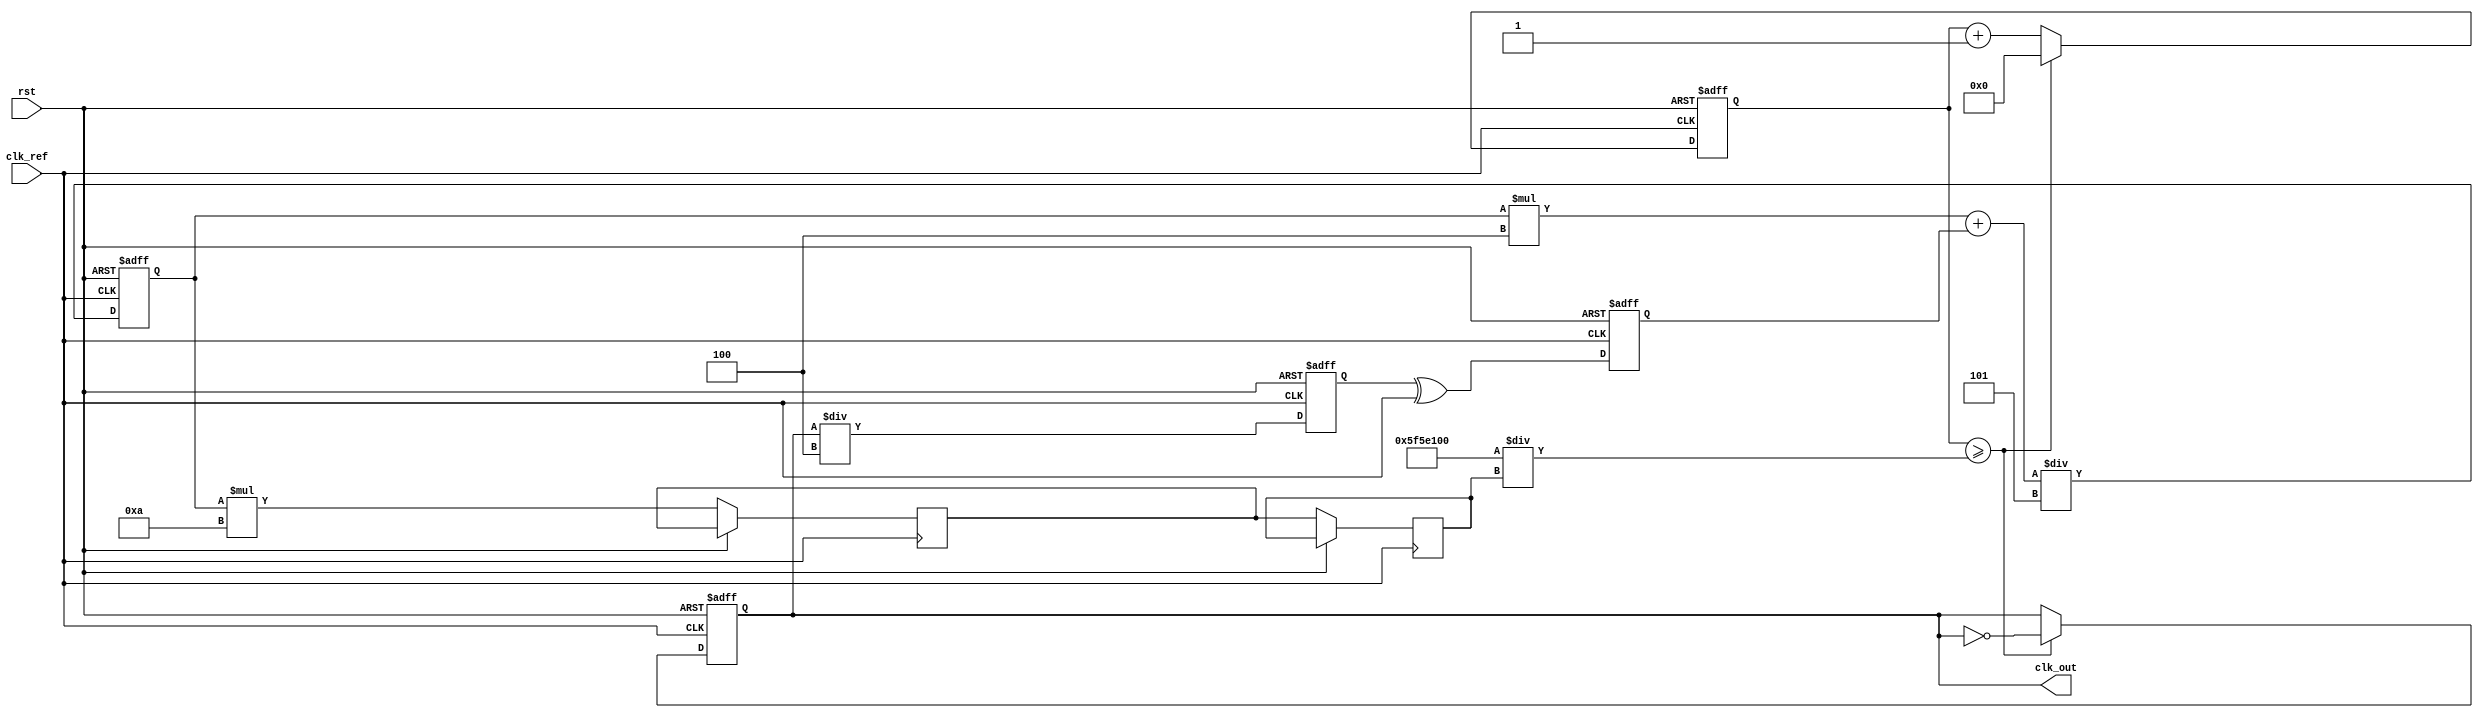
module parameterized_PLL #(
    parameter INPUT_FREQ_MIN = 1_000,     // Minimum input frequency in Hz
    parameter INPUT_FREQ_MAX = 100_000,    // Maximum input frequency in Hz
    parameter OUTPUT_FREQ_MIN = 10_000,    // Minimum output frequency in Hz
    parameter OUTPUT_FREQ_MAX = 1_000_000,  // Maximum output frequency in Hz
    parameter FEEDBACK_DIV_RATIO = 4,       // Feedback division ratio
    parameter REFERENCE_DIV_RATIO = 1,      // Reference division ratio
    parameter VCO_GAIN = 10,                 // VCO gain (frequency deviation per unit of control voltage)
    parameter LPF_TIME_CONSTANT = 5          // Low-Pass Filter time constant
) (
    input wire clk_ref,                      // Reference clock input
    input wire rst,                          // Reset signal
    output reg clk_out                       // Output clock signal
);

    // Internal signals
    reg [31:0] phase_error;                 // Phase error from PD
    reg [31:0] control_voltage;              // Control voltage for VCO
    reg [31:0] vco_output;                   // VCO output frequency
    reg [31:0] feedback_signal;              // Feedback signal from VCO
    reg [31:0] lpf_output;                   // Output of the low-pass filter
    reg [31:0] vco_counter;                  // VCO frequency counter

    // Phase Detector (PD) - Simple XOR based
    always @(posedge clk_ref or posedge rst) begin
        if (rst) begin
            phase_error <= 0;
        end else begin
            // Example phase comparison (simplified)
            phase_error <= feedback_signal ^ clk_ref;
        end
    end

    // Low-Pass Filter (LPF)
    always @(posedge clk_ref or posedge rst) begin
        if (rst) begin
            lpf_output <= 0;
        end else begin
            // Simple first-order LPF implementation
            lpf_output <= (lpf_output * (LPF_TIME_CONSTANT - 1) + phase_error) / LPF_TIME_CONSTANT;
        end
    end

    // Voltage-Controlled Oscillator (VCO)
    always @(posedge clk_ref or posedge rst) begin
        if (rst) begin
            vco_counter <= 0;
            clk_out <= 0;
        end else begin
            // VCO frequency control
            control_voltage <= lpf_output * VCO_GAIN;
            vco_output <= control_voltage; // Simplified for illustration
            vco_counter <= vco_counter + 1;

            // Generate output clock based on VCO output
            if (vco_counter >= (100_000_000 / vco_output)) begin // Assuming 100MHz reference clock
                clk_out <= ~clk_out; // Toggle output clock
                vco_counter <= 0;
            end
        end
    end

    // Feedback Divider
    always @(posedge clk_ref or posedge rst) begin
        if (rst) begin
            feedback_signal <= 0;
        end else begin
            // Simple feedback divider implementation
            feedback_signal <= clk_out / FEEDBACK_DIV_RATIO; // Divide output clock
        end
    end

endmodule